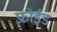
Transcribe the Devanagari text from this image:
फ्रोईड